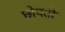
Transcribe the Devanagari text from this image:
छोपती